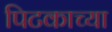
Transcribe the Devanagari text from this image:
पिटकाच्या